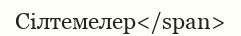
Сілтемелер</span>